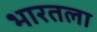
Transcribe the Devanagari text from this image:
भारतला